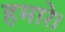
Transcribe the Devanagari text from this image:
हमारे।